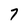
Character: 7